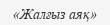
«Жалғыз аяқ»